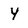
Character: Y